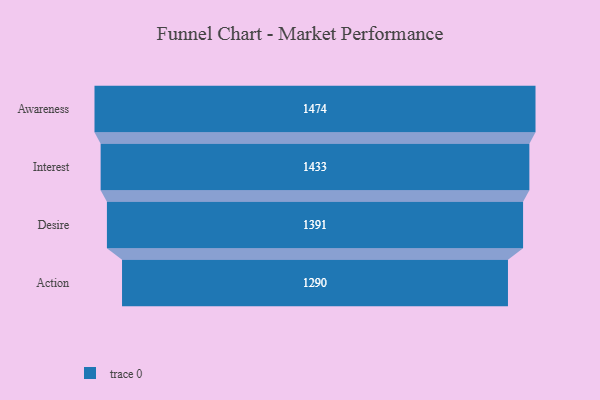
{"axis": {"x": "Stage", "y": "Value"}, "legend": [""], "data": [{"x": "Awareness", "y": 1474.0, "type": ""}, {"x": "Interest", "y": 1433.0, "type": ""}, {"x": "Desire", "y": 1391.0, "type": ""}, {"x": "Action", "y": 1290.0, "type": ""}]}